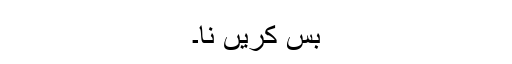
بس کریں نا۔